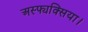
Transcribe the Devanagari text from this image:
अस्फ्यक्सिया।